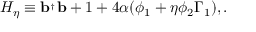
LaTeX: H _ { \eta } \equiv { \bf b } ^ { _ { \dagger } } { \bf b } + 1 + 4 \alpha ( \phi _ { 1 } + \eta \phi _ { 2 } \Gamma _ { 1 } ) , .